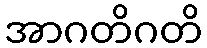
အာဂတိဂတိ